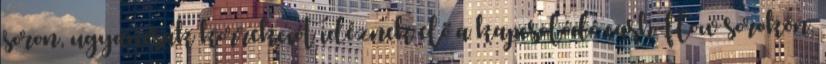
soron, ugyancsak korrekciót idéznek elő a kapcsolódó cash-flow sorokon.